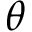
\theta